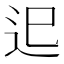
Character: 𨑖